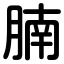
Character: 腩